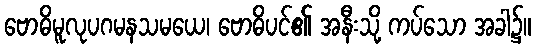
ဗောဓိမူလုပဂမနသမယေ၊ ဗောဓိပင်၏ အနီးသို့ ကပ်သော အခါ၌။